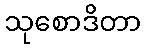
သုစောဒိတာ